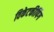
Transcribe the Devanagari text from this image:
विकेटकीपिंग